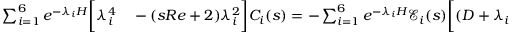
\begin{array} { r l } { \sum _ { i = 1 } ^ { 6 } e ^ { - \lambda _ { i } H } \bigg [ \lambda _ { i } ^ { 4 } } & { { } - ( s R e + 2 ) \lambda _ { i } ^ { 2 } \bigg ] C _ { i } ( s ) = - \sum _ { i = 1 } ^ { 6 } e ^ { - \lambda _ { i } H } \mathscr { E } _ { i } ( s ) \bigg [ ( D + \lambda _ { i } ) ^ { 4 } } \end{array}